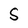
Character: S